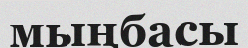
мыңбасы